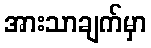
အားသာချက်မှာ